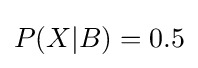
P(X|B)=0.5